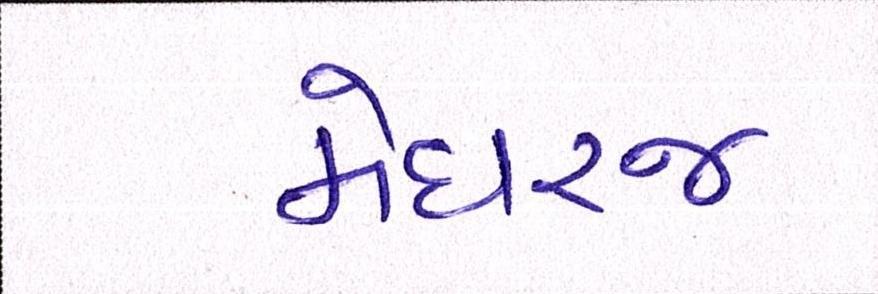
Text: મેઘરજ